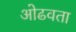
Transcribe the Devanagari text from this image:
ओढवता